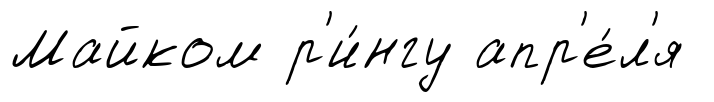
Майком р'и́нгу апр'е́л'я